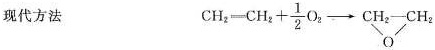
现代方法 \mathrm{CH}_{2}=\mathrm{CH}_{2}+\frac{1}{2} \mathrm{O}_{2} \longrightarrow \underset{\mathrm{O}}{\mathrm{CH}_{2}-\mathrm{CH}_{2}}